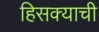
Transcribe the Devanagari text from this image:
हिसक्याची